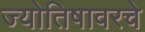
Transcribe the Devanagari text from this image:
ज्योतिषावरचे